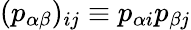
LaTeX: (p_{\alpha\beta})_{ij}\equiv p_{\alpha i}p_{\beta j}